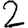
Digit: 2